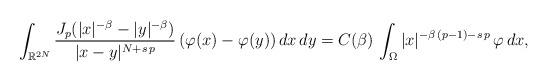
LaTeX: \begin{align*}\int_{\mathbb{R}^{2N}}\frac{J_p(|x|^{-\beta}-|y|^{-\beta})}{|x-y|^{N+s\,p}}\,(\varphi(x)-\varphi(y))\,dx\,dy=C(\beta)\,\int_\Omega |x|^{-\beta\,(p-1)-s\,p}\,\varphi\,dx,\end{align*}